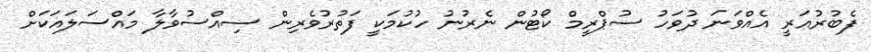
ފެބުރުއަރީ އެއްވަނަ ދުވަހު ސުޕްރީމް ކޯޓުން ނެރުނު ހުކުމަކީ ފަތުރުވެރިން ސިއްސުވާލާ މައްސަލައަކަށް